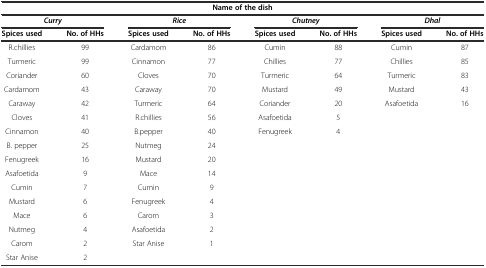
| <COLSPAN=8> Name of the dish |
 | <COLSPAN=2> Curry | <COLSPAN=2> Rice | <COLSPAN=2> Chutney | <COLSPAN=2> Dhal |
 | Spices used | No. of HHs | Spices used | No. of HHs | Spices used | No. of HHs | Spices used | No. of HHs |
 | --- | --- | --- | --- | --- | --- | --- | --- |
 | R.chillies | 99 | Cardamom | 86 | Cumin | 88 | Cumin | 87 |
 | Turmeric | 99 | Cinnamon | 77 | Chillies | 77 | Chillies | 85 |
 | Coriander | 60 | Cloves | 70 | Turmeric | 64 | Turmeric | 83 |
 | Cardamom | 43 | Caraway | 70 | Mustard | 49 | Mustard | 43 |
 | Caraway | 42 | Turmeric | 64 | Coriander | 20 | Asafoetida | 16 |
 | Cloves | 41 | R.chillies | 56 | Asafoetida | 5 |  |  |
 | Cinnamon | 40 | B.pepper | 40 | Fenugreek | 4 |  |  |
 | B. pepper | 25 | Nutmeg | 24 |  |  |  |  |
 | Fenugreek | 16 | Mustard | 20 |  |  |  |  |
 | Asafoetida | 9 | Mace | 14 |  |  |  |  |
 | Cumin | 7 | Cumin | 9 |  |  |  |  |
 | Mustard | 6 | Fenugreek | 4 |  |  |  |  |
 | Mace | 6 | Carom | 3 |  |  |  |  |
 | Nutmeg | 4 | Asafoetida | 2 |  |  |  |  |
 | Carom | 2 | Star Anise | 1 |  |  |  |  |
 | Star Anise | 2 |  |  |  |  |  |  |